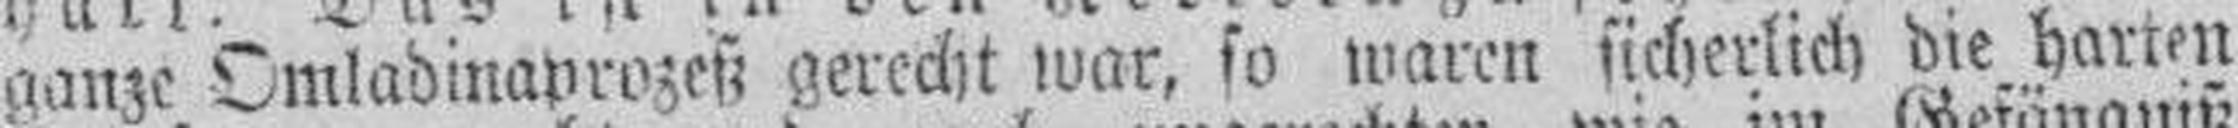
ganze Omladinaprozeß gerecht war, so waren sicherlich die harten